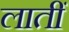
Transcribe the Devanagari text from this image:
लातीं